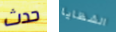
حدث الشظايا